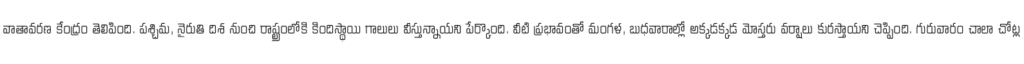
వాతావరణ కేంద్రం తెలిపింది. పశ్చిమ, నైరుతి దిశ నుంచి రాష్ట్రంలోకి కిందిస్థాయి గాలులు వీస్తున్నాయని పేర్కొంది. వీటి ప్రభావంతో మంగళ, బుధవారాల్లో అక్కడక్కడ మోస్తరు వర్షాలు కురస్తాయని చెప్పింది. గురువారం చాలా చోట్ల